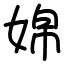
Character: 婂